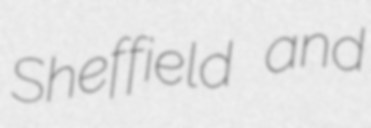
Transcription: Sheffield and